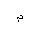
Letter: _mim